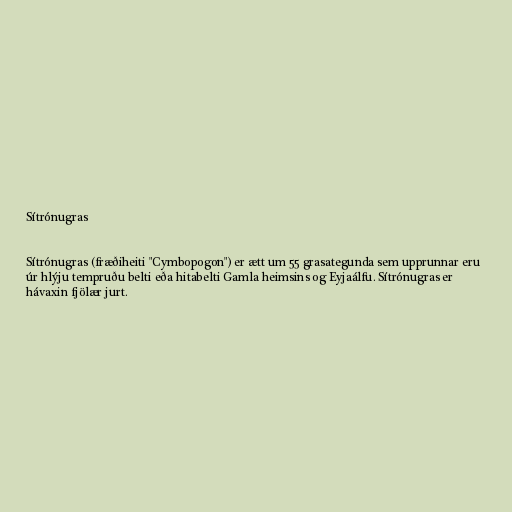
Sítrónugras

Sítrónugras (fræðiheiti "Cymbopogon") er ætt um 55 grasategunda sem upprunnar eru
úr hlýju tempruðu belti eða hitabelti Gamla heimsins og Eyjaálfu. Sítrónugras er
hávaxin fjölær jurt.